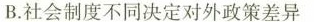
B.社会制度不同决定对外政策差异